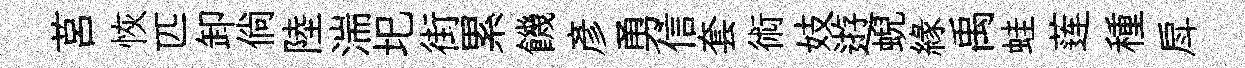
莒恢匹卸倘陸湍圯街累饑彥勇信套術妓逰蜺緣禹蛙莲種戽